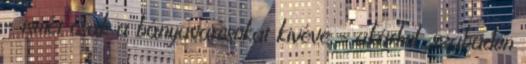
– ismét csak a bányavárosokat kivéve – akárhol „szabadon